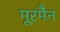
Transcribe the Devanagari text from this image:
मूरमैन